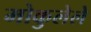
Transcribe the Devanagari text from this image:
मोकुलेले